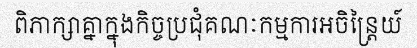
ពិភាក្សាគ្នាក្នុងកិច្ចប្រជុំគណៈកម្មការអចិន្ត្រៃយ៍